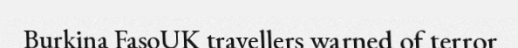
Burkina FasoUK travellers warned of terror